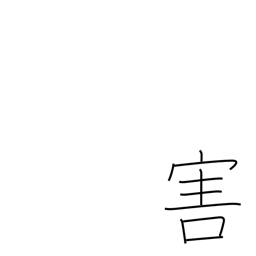
Meaning: harm